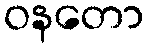
ဝနတော